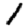
Digit: 1